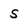
Character: S